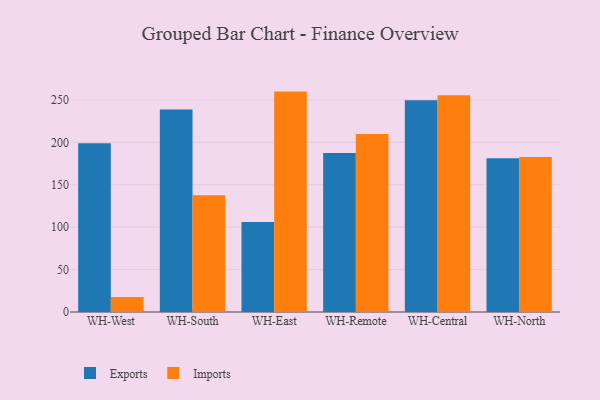
{"axis": {"x": "Warehouse", "y": "Market Share (%)"}, "legend": ["Exports", "Imports"], "data": [{"x": "WH-West", "y": 198.9, "type": "Exports"}, {"x": "WH-West", "y": 17.8, "type": "Imports"}, {"x": "WH-South", "y": 238.6, "type": "Exports"}, {"x": "WH-South", "y": 137.6, "type": "Imports"}, {"x": "WH-East", "y": 106.1, "type": "Exports"}, {"x": "WH-East", "y": 259.8, "type": "Imports"}, {"x": "WH-Remote", "y": 187.5, "type": "Exports"}, {"x": "WH-Remote", "y": 209.8, "type": "Imports"}, {"x": "WH-Central", "y": 249.7, "type": "Exports"}, {"x": "WH-Central", "y": 255.4, "type": "Imports"}, {"x": "WH-North", "y": 181.2, "type": "Exports"}, {"x": "WH-North", "y": 182.8, "type": "Imports"}]}